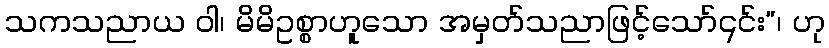
သကသညာယ ဝါ၊ မိမိဥစ္စာဟူသော အမှတ်သညာဖြင့်သော်၎င်း”၊ ဟု